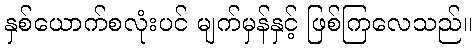
နှစ်ယောက်စလုံးပင် မျက်မှန်နှင့် ဖြစ်ကြလေသည်။